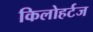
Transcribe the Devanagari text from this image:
किलोहर्टज